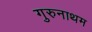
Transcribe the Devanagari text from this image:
गुरुनाथम